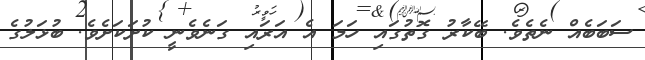
ސަބަބެއް ނެތެވެ. ބޭކާރު ގޮތުގައި ހަމަ އެ އަރައި ގަނެވެނީ ކުށަކަށެވެ. ބުޅަލުގެ